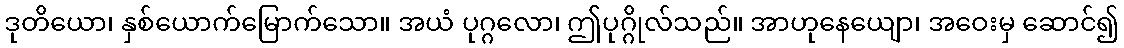
ဒုတိယော၊ နှစ်ယောက်မြောက်သော။ အယံ ပုဂ္ဂလော၊ ဤပုဂ္ဂိုလ်သည်။ အာဟုနေယျော၊ အဝေးမှ ဆောင်၍